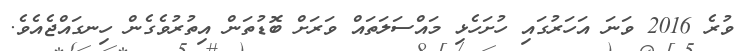
ވުރެ 2016 ވަނަ އަހަރުގައި ހުށަހެޅި މައްސަލަތައް ވަރަށް ބޮޑުތަން އިތުރުވެގެން ހިނގައްޖެއެވެ.